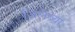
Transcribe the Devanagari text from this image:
जिलेब्या